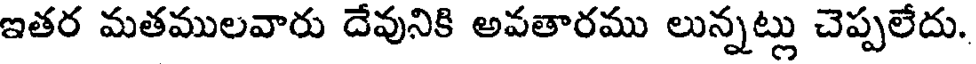
ఇతర మతములవారు దేవునికి అవతారము లున్నట్లు చెప్పలేదు.